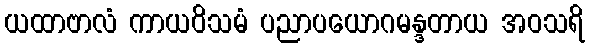
ယထာဗာလံ ကာယဝိသမံ ပညာပယောဂမန္ဒတာယ အဝသရိ